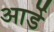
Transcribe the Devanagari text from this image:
आर्डे